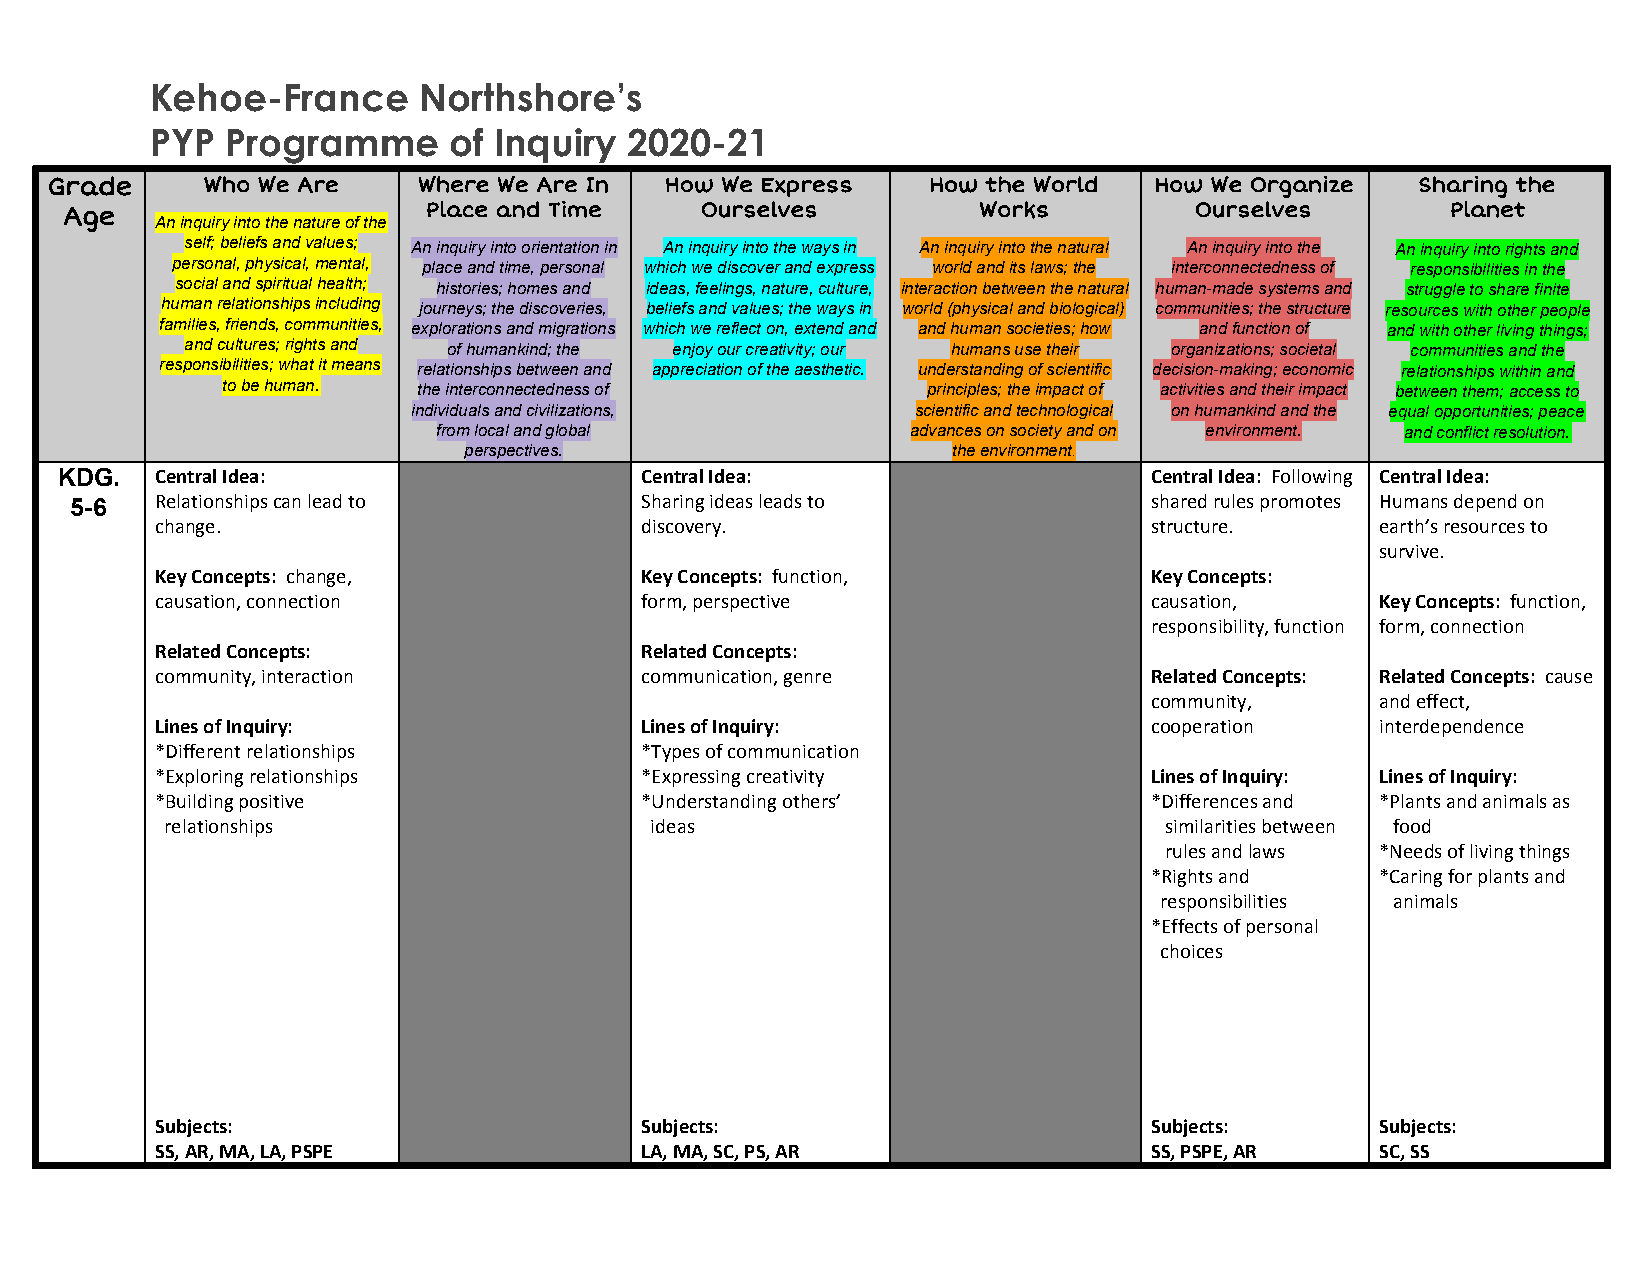
Kehoe-France      Northshore’s
 PYP  Programme      of Inquiry  2020-21
 Grade     Who We Are     Where We Are In How We Express   How the World  How We Organize   Sharing the
 Age                     Place and Time    Ourselves          Works         Ourselves        Planet
 An inquiry into the nature of the
 self; beliefs and values; An inquiry into orientation in An inquiry into the ways in An inquiry into the natural An inquiry into the An inquiry into rights and
 personal, physical, mental, place and time, personal which we discover and express world and its laws; the interconnectedness of responsibilities in the
 social and spiritual health; histories; homes and ideas, feelings, nature, culture, interaction between the natural human-made systems and struggle to share finite
 human relationships including journeys; the discoveries, beliefs and values; the ways in world (physical and biological) communities; the structure resources with other people
 families, friends, communities, explorations and migrations which we reflect on, extend and and human societies; how and function of and with other living things;
 and cultures; rights and of humankind; the enjoy our creativity; our humans use their organizations; societal communities and the
 responsibilities; what it means relationships between and appreciation of the aesthetic. understanding of scientific decision-making; economic relationships within and
 to be human. the interconnectedness of        principles; the impact of activities and their impact between them; access to
 individuals and civilizations,    scientific and technological on humankind and the equal opportunities; peace
 from local and global          advances on society and on environment. and conflict resolution.
 perspectives.                   the environment.
 ​
 KDG.  Central Idea:                   Central Idea:                     Central Idea: Following Central Idea:
 ​
 5-6  Relationships can lead to       Sharing ideas leads to            shared rules promotes Humans depend on
 change.                         discovery.                        structure.     earth’s resources to
 survive.
 Key Concepts: change,           Key Concepts: function,           Key Concepts:
 ​                               ​
 causation, connection           form, perspective                 causation,     Key Concepts: function,
 ​
 responsibility, function form, connection
 Related Concepts:               Related Concepts:
 community, interaction          communication, genre              Related Concepts: Related Concepts: cause
 ​
 community,     and effect,
 Lines of Inquiry:               Lines of Inquiry:                 cooperation    interdependence
 *Different relationships        *Types of communication
 *Exploring relationships        *Expressing creativity            Lines of Inquiry: Lines of Inquiry:
 *Building positive              *Understanding others’            *Differences and *Plants and animals as
 relationships                   ideas                             similarities between food
 rules and laws *Needs of living things
 *Rights and    *Caring for plants and
 responsibilities animals
 *Effects of personal
 choices
 Subjects:                       Subjects:                         Subjects:      Subjects:
 SS, AR, MA, LA, PSPE            LA, MA, SC, PS, AR                SS, PSPE, AR   SC, SS
 ​​